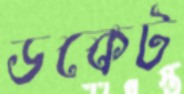
ডকেট